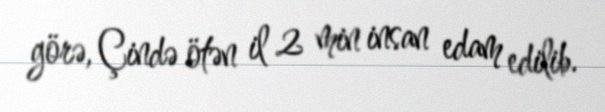
görə, Çində ötən il 2 min insan edam edilib.